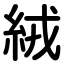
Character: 絨